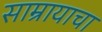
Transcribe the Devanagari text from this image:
साम्रायाचा